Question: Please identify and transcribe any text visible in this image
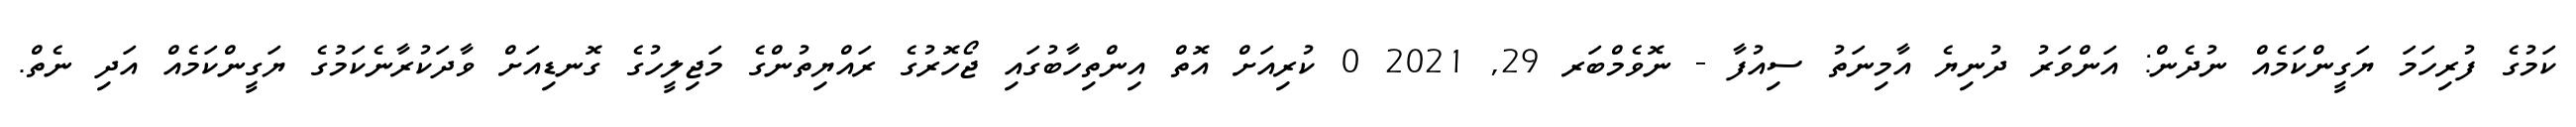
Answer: ކަމުގެ ފުރިހަމަ ޔަގީންކަމެއް ނުދެން: އަންވަރު ދުނިޔެ އާމިނަތު ސިއުފާ - ނޮވެމްބަރ 29, 2021 0 ކުރިއަށް އޮތް އިންތިހާބުގައި ޖޯހޮރުގެ ރައްޔިތުންގެ މަޖިލީހުގެ ގޮނޑިއަށް ވާދަކުރާނެކަމުގެ ޔަގީންކަމެއް އަދި ނެތް.